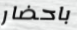
باحضار